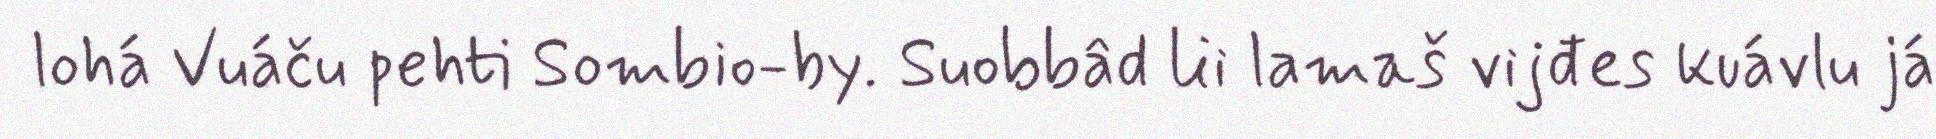
lohá Vuáču pehti Sombio-by. Suobbâd lii lamaš vijđes kuávlu já